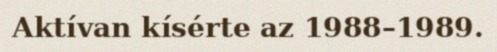
Aktívan kísérte az 1988–1989.